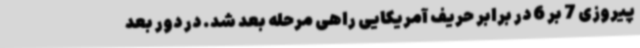
پیروزی 7 بر 6 در برابر حریف آمریکایی راهی مرحله بعد شد. در دور بعد